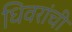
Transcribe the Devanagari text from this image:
धिवरांची